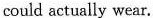
could actually wear.